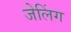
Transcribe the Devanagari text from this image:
जेलिंग